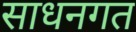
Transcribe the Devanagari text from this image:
साधनगत